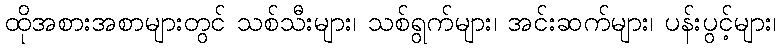
ထိုအစားအစာများတွင် သစ်သီးများ၊ သစ်ရွက်များ၊ အင်းဆက်များ၊ ပန်းပွင့်များ၊